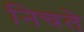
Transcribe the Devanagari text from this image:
निचते